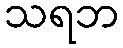
သရဘ